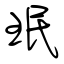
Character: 珉